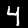
Label: 4